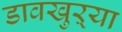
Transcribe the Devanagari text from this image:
डावखुऱ्या